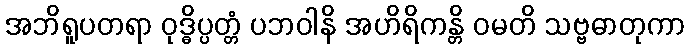
အဘိရူပတရာ ဝုဒ္ဓိပ္ပတ္တံ ပဘဝါနိ အဟိရိကန္တိ ဝမတိ သဗ္ဗဓာတုကာ